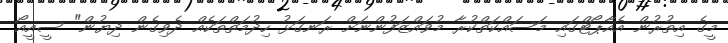
މީގެ އިތުރުން އެއާޕޯޓްގައި މަސައްކަތްކުރާ މުވައްޒަފުންނަށް ރަނގަޅު ހިދުމަތްތަކެއް ދެވިގެން ދިޔުން" ސީއީއޯ